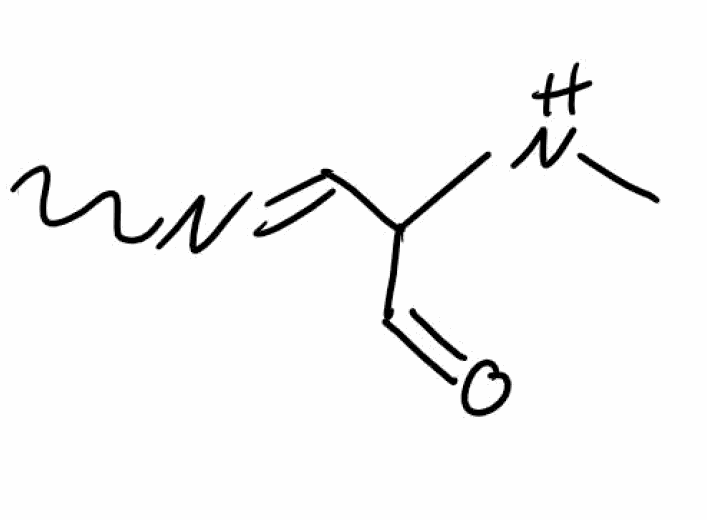
Simplified molecular-input line-entry system (SMILES) notation of the given molecule:
CNC(C=NC)C=O